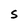
Character: S